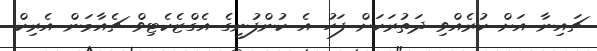
ޗައިނާ އަށް ކުރެއްވި ދަތުރަކަށް ފަހު އެ ކުންފުނީގެ އެގްޒެކެޓިވް ޗެއާމަން އެރިކް